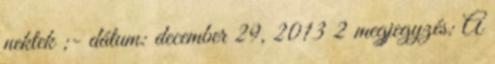
nektek ;- dátum: december 29, 2013 2 megjegyzés: A